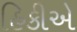
હિકીએ